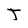
Character: T